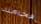
فخامته